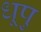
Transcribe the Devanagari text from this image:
धूपु